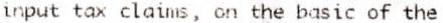
INPUT TAX CLAIMS, ON THE BASIC OF THE